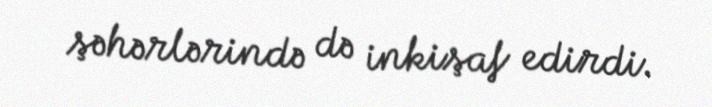
şəhərlərində də inkişaf edirdi.